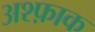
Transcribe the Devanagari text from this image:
अश्फ़ाक